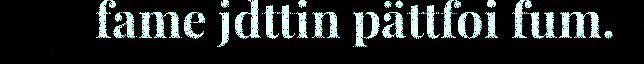
fame jdttin pättfoi fum.